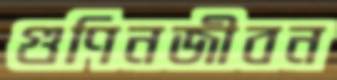
গুণিনজীবন